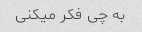
به چی فکر میکنی